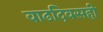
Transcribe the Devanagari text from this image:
वाढदिवसही